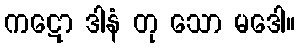
ကဋော ဒါနံ တု သော မဒေါ။